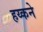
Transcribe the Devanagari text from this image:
हय्कने